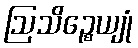
ဩသိဉ္စေယျုံ